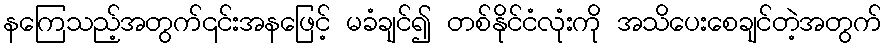
နကြေသည့်အတွက်၎င်းအနဖြေင့် မခံချင်၍ တစ်နိုင်ငံလုံးကို အသိပေးစေချင်တဲ့အတွက်